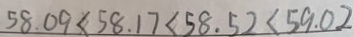
5 8 . 0 9 < 5 8 . 1 7 < 5 8 . 5 2 < 5 9 . 0 2